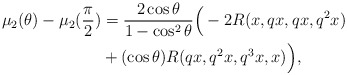
\begin{align*} \mu_{2}(\theta)-\mu_{2}(\frac{\pi}{2})&=\frac{2\cos\theta}{1-\cos^{2}\theta}\Big(-2R(x, qx, qx, q^{2}x)\\&+(\cos\theta) R(qx, q^{2}x, q^{3}x, x)\Big), \end{align*}